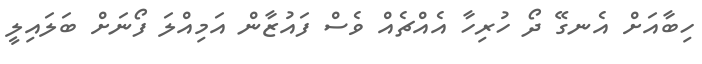
ހިބާއަށް އެނގޭ ދޯ ހުރިހާ އެއްޗެއް ވެސް ފައުޒާން އަމިއްލަ ފޯނަށް ބަލައިލީ